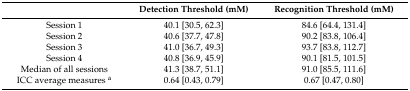
|  | Detection Threshold (mM) | Recognition Threshold (mM) |
 | --- | --- | --- |
 | Session 1 | 40.1 [30.5, 62.3] | 84.6 [64.4, 131.4] |
 | Session 2 | 40.6 [37.7, 47.8] | 90.2 [83.8, 106.4] |
 | Session 3 | 41.0 [36.7, 49.3] | 93.7 [83.8, 112.7] |
 | Session 4 | 40.8 [36.9, 45.9] | 90.1 [81.5, 101.5] |
 | Median of all sessions | 41.3 [38.7, 51.1] | 91.0 [85.5, 111.6] |
 | ICC average measures a | 0.64 [0.43, 0.79] | 0.67 [0.47, 0.80] |